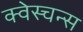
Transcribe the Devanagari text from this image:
क्वेस्चन्स